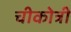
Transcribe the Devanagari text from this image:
चीकोत्री